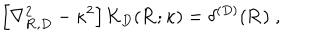
LaTeX: \left[ \nabla _ { { \bf R } , { D } } ^ { 2 } - \kappa ^ { 2 } \right] { \mathcal K } _ { { D } } ( { \bf R } ; \kappa ) = \delta ^ { ( { D } ) } ( { \bf R } ) \; ,